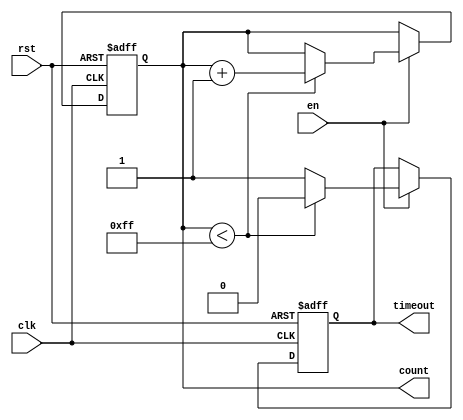
module timeout_counter #(
    parameter MAX_COUNT = 8'd255  // Configurable maximum count value
)(
    input wire clk,                // Clock input
    input wire rst,                // Asynchronous reset
    input wire en,                 // Enable signal
    output reg [7:0] count,        // 8-bit count output
    output reg timeout             // Time-out signal
);

    // Always block for counter operation
    always @(posedge clk or posedge rst) begin
        if (rst) begin
            count <= 8'd0;          // Reset count to 0
            timeout <= 1'b0;        // Deassert timeout signal
        end else if (en) begin
            if (count < MAX_COUNT) begin
                count <= count + 1; // Increment count
                timeout <= 1'b0;     // Deassert timeout signal
            end else begin
                timeout <= 1'b1;     // Assert timeout signal
            end
        end
    end

endmodule